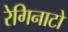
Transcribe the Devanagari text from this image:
रेगिनाटो